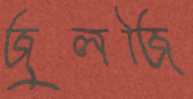
জুলজি